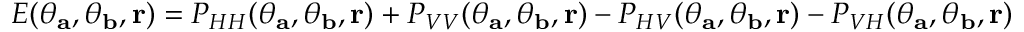
E ( \theta _ { \mathbf { a } } , \theta _ { \mathbf { b } } , { \bf r } ) = P _ { H H } ( \theta _ { \mathbf { a } } , \theta _ { \mathbf { b } } , { \bf r } ) + P _ { V V } ( \theta _ { \mathbf { a } } , \theta _ { \mathbf { b } } , { \bf r } ) - P _ { H V } ( \theta _ { \mathbf { a } } , \theta _ { \mathbf { b } } , { \bf r } ) - P _ { V H } ( \theta _ { \mathbf { a } } , \theta _ { \mathbf { b } } , { \bf r } )